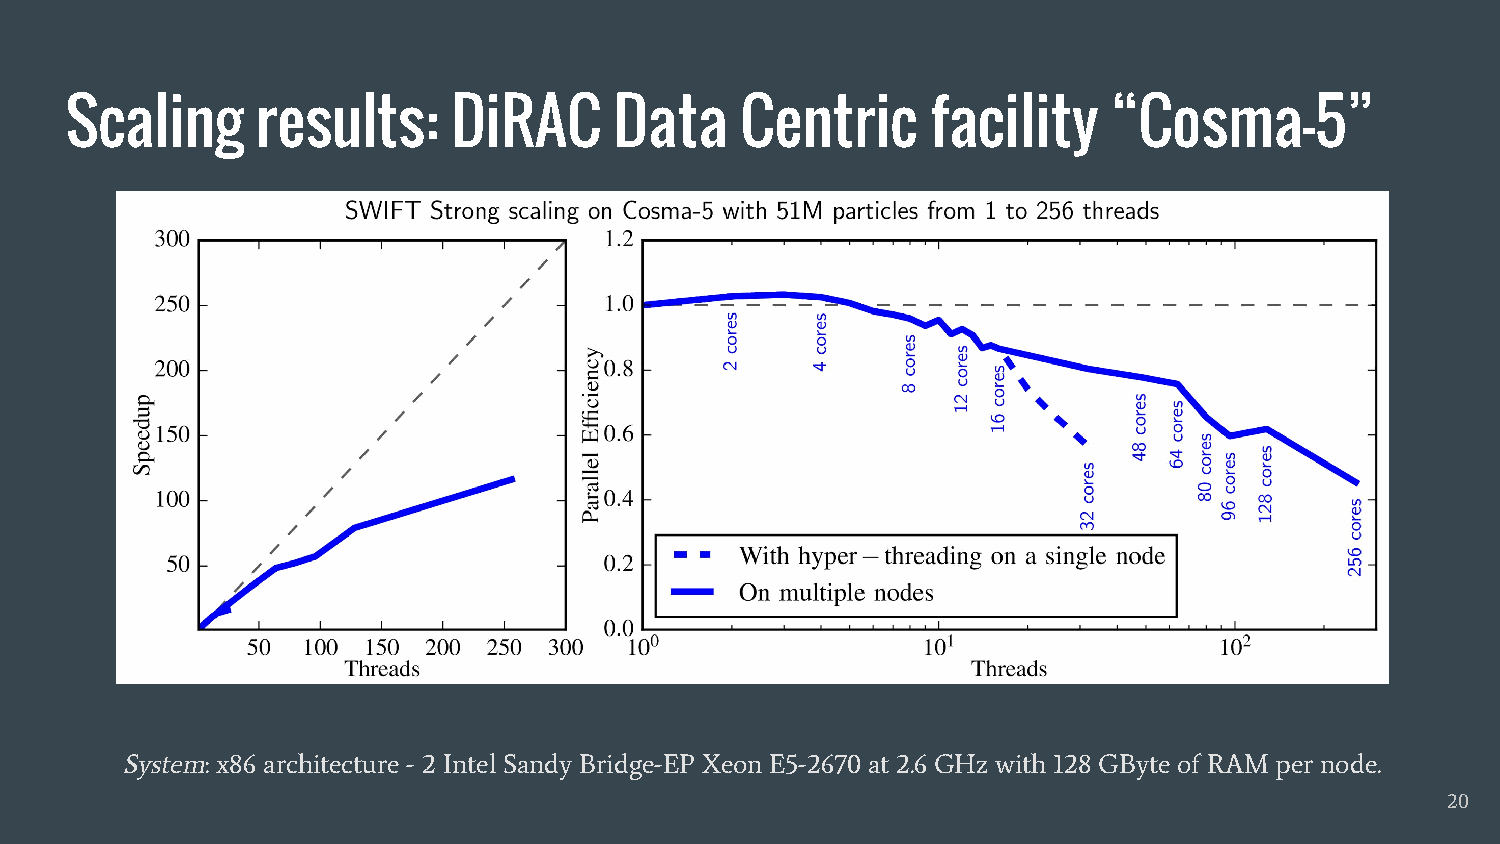
Scaling      results:     DiRAC      Data    Centric      facility    “Cosma-5”
 System: x86 architecture - 2 Intel Sandy Bridge-EP Xeon E5-2670 at 2.6 GHz with 128 GByte of RAM per node.
 20